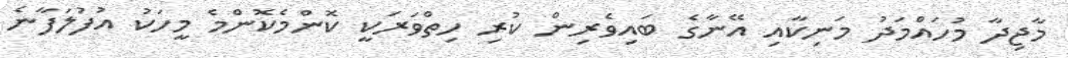
މާޖިދާ މުހައްމަދު މަނިކާއި އޭނާގެ ބައިވެރިން ކުރި ހިތްވަރަކީ ކޮންމެކޮންމެ މީހަކު އުފުލަފާނެ